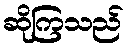
ဆိုကြသည်